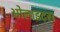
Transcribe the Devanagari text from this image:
ओलाइट्स